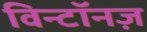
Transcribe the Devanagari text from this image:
विन्टॉनज़